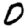
Digit: 0